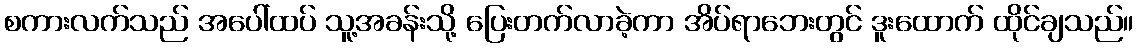
စကားလက်သည် အပေါ်ထပ် သူ့အခန်းသို့ ပြေးတက်လာခဲ့ကာ အိပ်ရာဘေးတွင် ဒူးထောက် ထိုင်ချသည်။